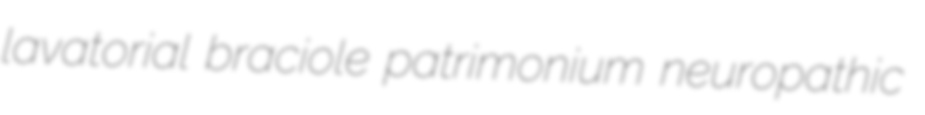
lavatorial braciole patrimonium neuropathic